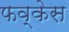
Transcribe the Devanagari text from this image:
फव्केस